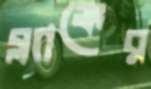
ব্ল্যাঙ্কের